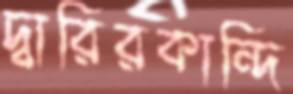
দ্বারিরকান্দি